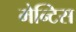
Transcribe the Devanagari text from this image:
मेन्टिस